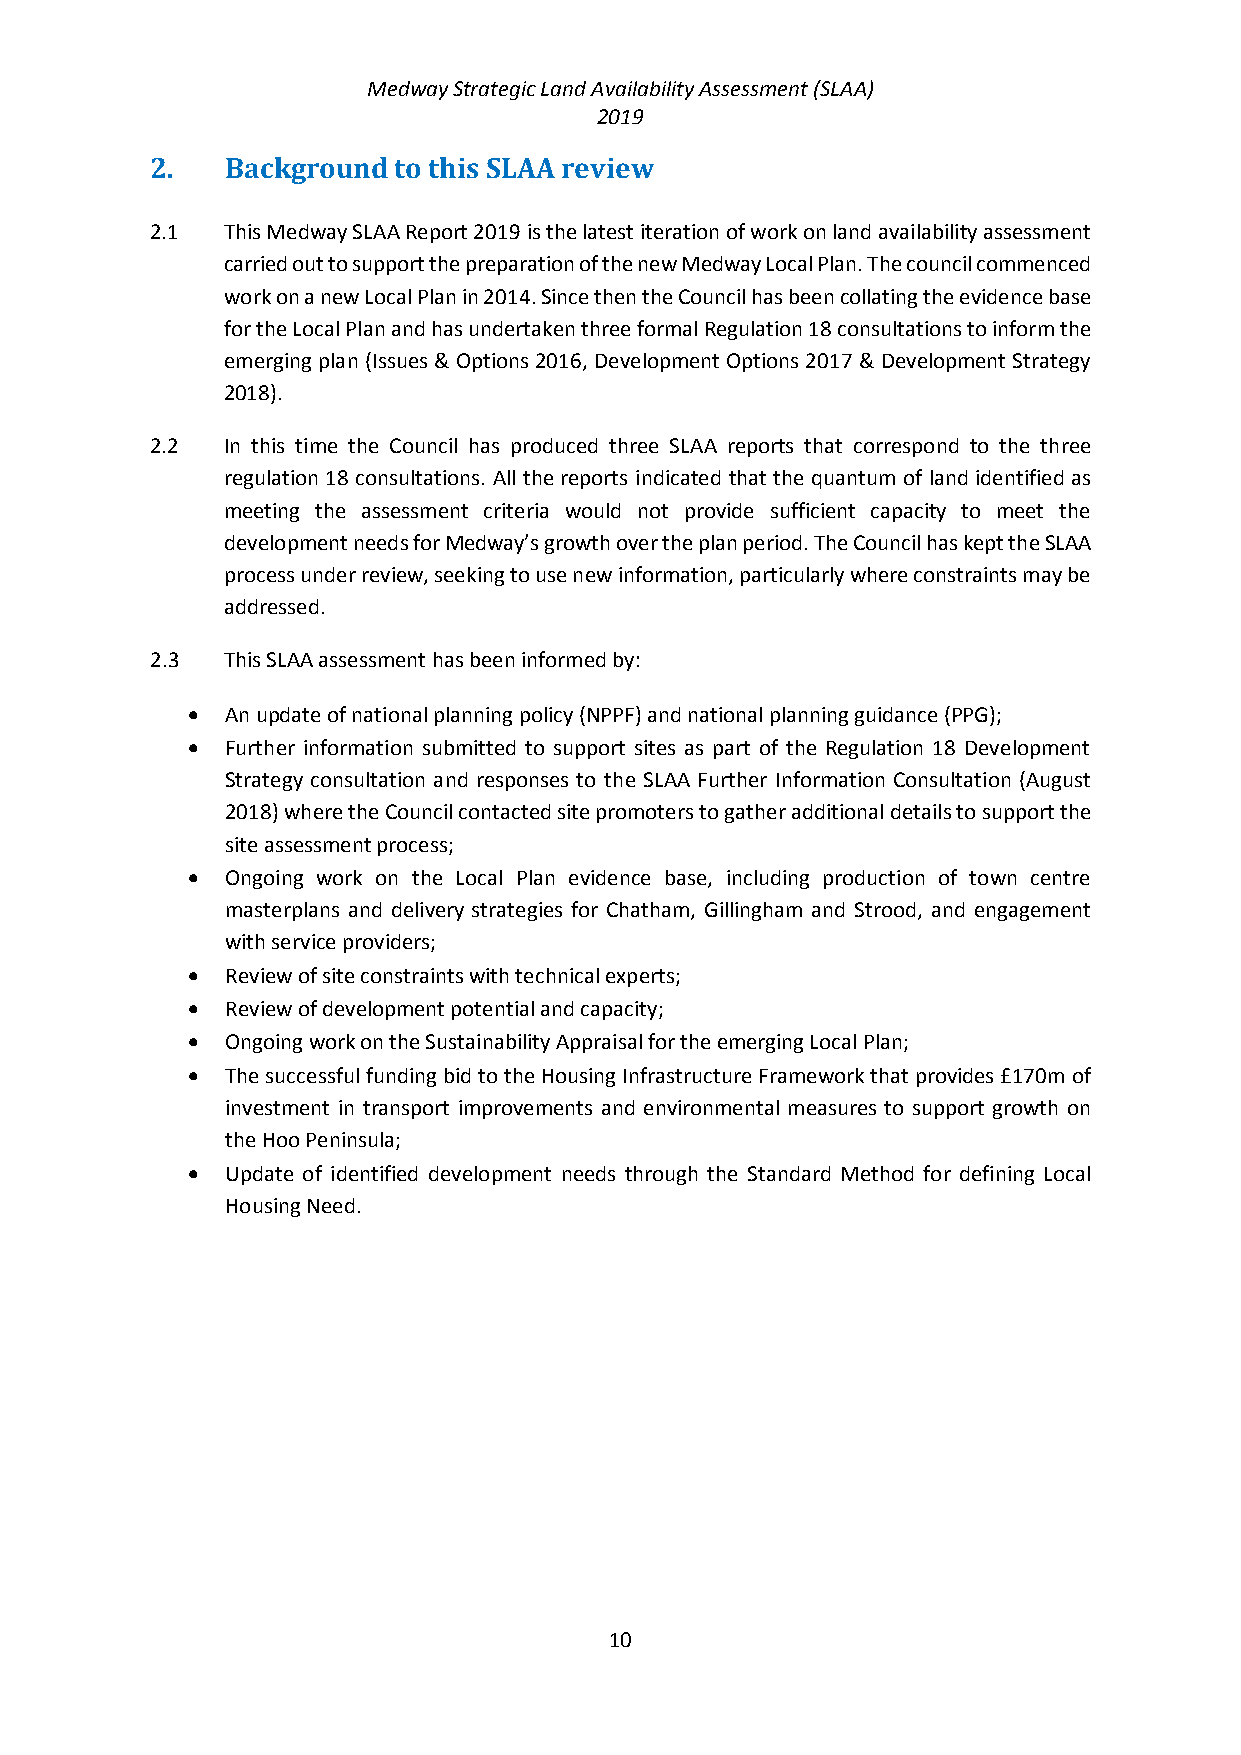
Medway Strategic Land Availability Assessment (SLAA)
 2019
 2.   Background to this SLAA review
 2.1  This Medway SLAA Report 2019 is the latest iteration of work on land availability assessment
 carried out to support the preparation of the new Medway Local Plan. The council commenced
 work on a new Local Plan in 2014. Since then the Council has been collating the evidence base
 for the Local Plan and has undertaken three formal Regulation 18 consultations to inform the
 emerging plan (Issues & Options 2016, Development Options 2017 & Development Strategy
 2018).
 2.2  In this time the Council has produced three SLAA reports that correspond to the three
 regulation 18 consultations. All the reports indicated that the quantum of land identified as
 meeting the assessment criteria would not provide sufficient capacity to meet the
 development needs for Medway’s growth over the plan period. The Council has kept the SLAA
 process under review, seeking to use new information, particularly where constraints may be
 addressed.
 2.3  This SLAA assessment has been informed by:
   An update of national planning policy (NPPF) and national planning guidance (PPG);
   Further information submitted to support sites as part of the Regulation 18 Development
 Strategy consultation and responses to the SLAA Further Information Consultation (August
 2018) where the Council contacted site promoters to gather additional details to support the
 site assessment process;
   Ongoing work on the Local Plan evidence base, including production of town centre
 masterplans and delivery strategies for Chatham, Gillingham and Strood, and engagement
 with service providers;
   Review of site constraints with technical experts;
   Review of development potential and capacity;
   Ongoing work on the Sustainability Appraisal for the emerging Local Plan;
   The successful funding bid to the Housing Infrastructure Framework that provides £170m of
 investment in transport improvements and environmental measures to support growth on
 the Hoo Peninsula;
   Update of identified development needs through the Standard Method for defining Local
 Housing Need.
 10